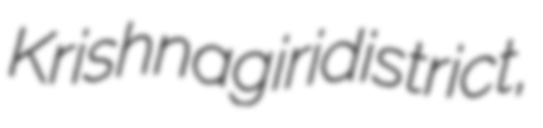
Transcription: Krishnagiri district,